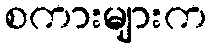
စကားများက